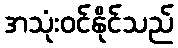
အသုံးဝင်နိုင်သည်